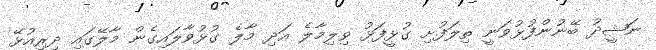
ނަޝީދު ބޭނުންފުޅުވަނީ ތިލަފުށި ގުޅީފަޅު ވިލިމާލެ އަދި މާލެ ގުޅުވާލައިގެން މާލޭގައި ދިރިއުޅޭ